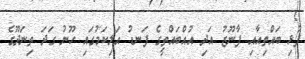
ފުޅި ބައްތިއާއި ފާނޫޒު އަދި އުއްބައްތީގެ ފަނޑު އަލިކަމުގައި ހޫނު ގަދަ ތިނަދޫގެ